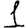
Digit: 1